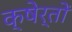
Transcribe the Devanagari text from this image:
क्षेर्तों